Civil Veterinary Dept. Bombay admin report 1893-99 - 1893-1899
Year: 1893
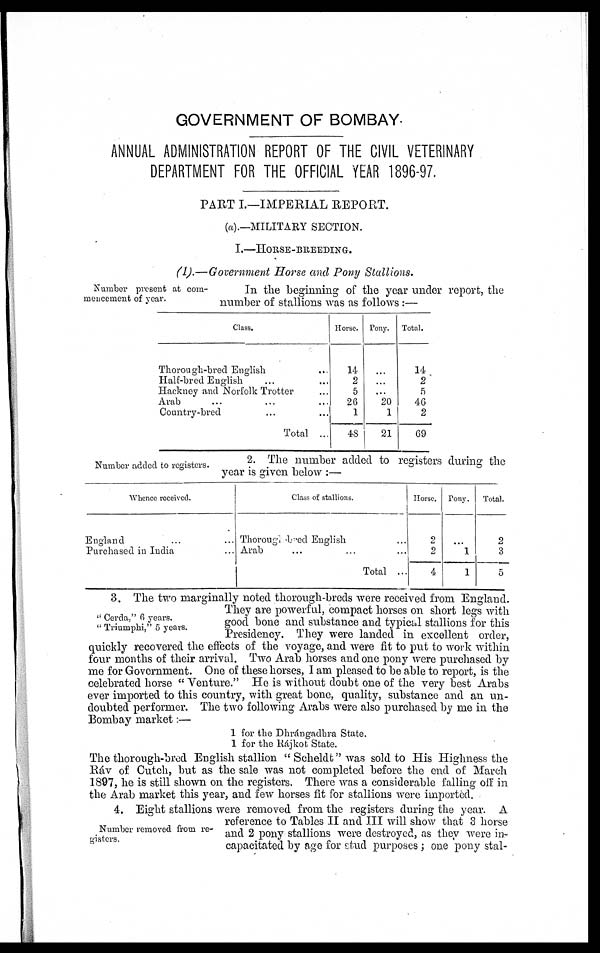
GOVERNMENT OF BOMBAY.
ANNUAL ADMINISTRATION REPORT OF THE CIVIL VETERINARY
DEPARTMENT FOR THE OFFICIAL YEAR 1896-97.
PART I.—IMPERIAL REPORT.
(a).—MILITARY SECTION.
I.—HORSE-BREEDING.
(1).—Government Horse and Pony Stallions.
Number present at com-
mencement of year.
In the beginning of the year under report, the
number of stallions was as follows:—
Class.
Thorough-bred English ...
Half-bred English ... ...
Hackney and Norfolk Trotter ...
Arab ... ... ...
Country-bred ... ...
Total ...
Horse.
14
2
5
26
1
48
Pony.
...
...
...
20
1
21
Total.
14
2
5
46
2
69
Number added to registers.
2. The number added to registers during the
year is given below:—
Whence received.
England ... ...
Purchased in India ...
Class of stallions.
Thorough bred English ...
Arab ... ... ...
Total ...
Horse.
2
2
4
Pony.
...
1
1
Total.
2
3
5
"Cerda," 6 years.
"Triumphi," 5 years.
3. The two marginally noted thorough-breds were received from England.
They are powerful, compact horses on short legs with
good bone and substance and typical stallions for this
Presidency. They were landed in excellent order,
quickly recovered the effects of the voyage, and were fit to put to work within
four months of their arrival. Two Arab horses and one pony were purchased by
me for Government. One of these horses, I am pleased to be able to report, is the
celebrated horse "Venture." He is without doubt one of the very best Arabs
ever imported to this country, with great bone, quality, substance and an un-
doubted performer. The two following Arabs were also purchased by me in the
Bombay market:—
1 for the Dhrángadhra State.
1 for the Rájkot State.
The thorough-bred English stallion "Scheldt" was sold to His Highness the
Ráv of Cutch, but as the sale was not completed before the end of March
1897, he is still shown on the registers. There was a considerable falling off in
the Arab market this year, and few horses fit for stallions were imported.
Number removed from re-
gisters.
4. Eight stallions were removed from the registers during the year. A
reference to Tables II and III will show that 3 horse
and 2 pony stallions were destroyed, as they were in-
capacitated by age for stud purposes; one pony stal-